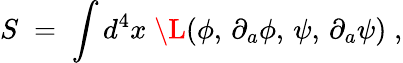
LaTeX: S\; =\; \int d^{4}x\; \L(\phi,\, \partial_{a}\phi,\, \psi,\, \partial_{a}\psi)\; ,